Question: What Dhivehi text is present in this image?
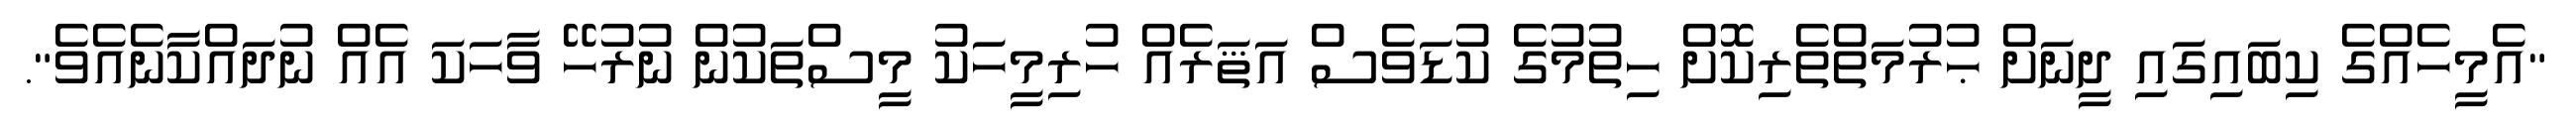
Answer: "އެމީހެއްގެ ކިބައިގައި ދީނަށް ޙުރުމަތްތެރިކޮށް ހިތުމުގެ ކުޑަވެސް އަޘަރެއް ހުރިމީހަކު މީސްތަކުން ނުރުހޭ ވާހަކަ އެއް ނުދައްކާނެއެވެ".